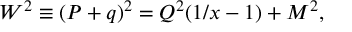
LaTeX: W ^ { 2 } \equiv ( P + q ) ^ { 2 } = Q ^ { 2 } ( 1 / x - 1 ) + M ^ { 2 } ,